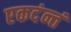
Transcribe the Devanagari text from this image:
एकदंन्तं